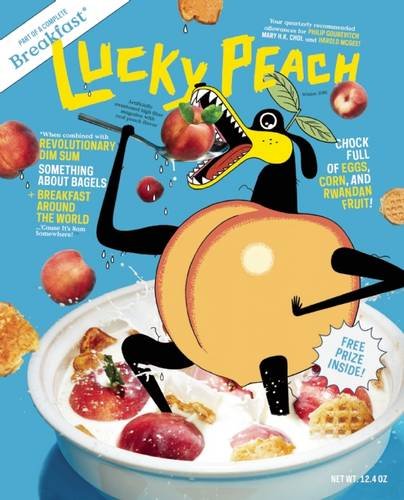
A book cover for Lucky Peach Issue 17; Cookbooks, Food & Wine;